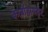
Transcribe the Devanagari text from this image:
कार्बोहायड्रेट